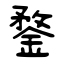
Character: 鍪